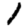
Digit: 1